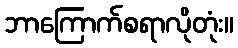
ဘာကြောက်စရာလိုတုံး။